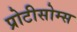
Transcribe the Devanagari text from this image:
प्रोटीसोम्स